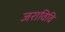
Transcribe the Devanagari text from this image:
जराविवि